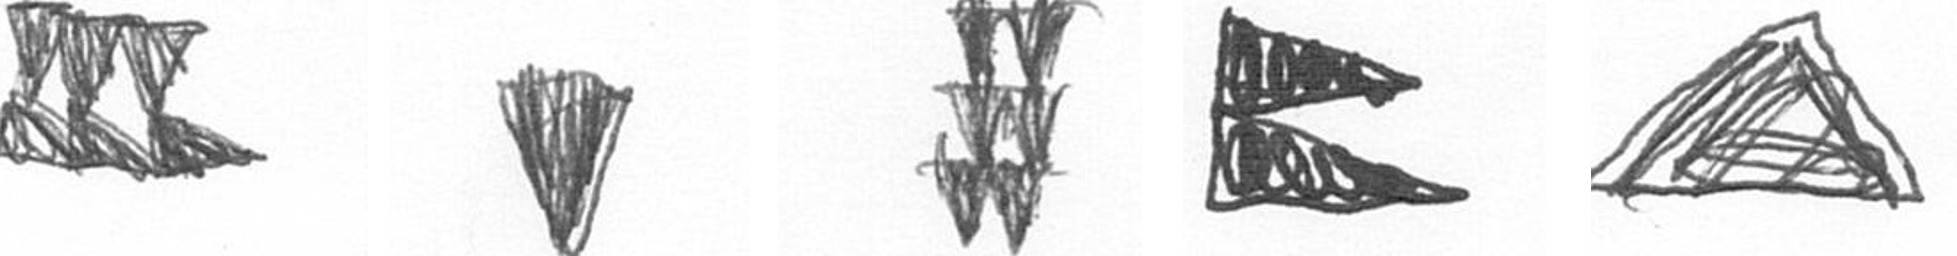
D J Y P O